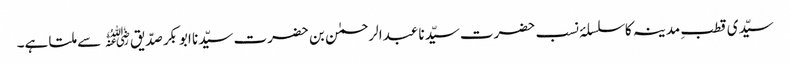
سیّدی قطبِ مدینہ کا سلسلۂ نسب حضرت سیّدنا عبدالرحمٰن بن حضرت سیّدنا ابوبکر صدّیق﷜ سے ملتا ہے۔